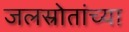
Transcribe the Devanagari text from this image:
जलस्रोतांच्या